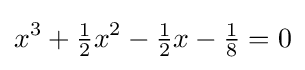
x^{3}+{\tfrac {1}{2}}x^{2}-{\tfrac {1}{2}}x-{\tfrac {1}{8}}=0